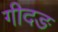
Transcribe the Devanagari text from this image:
गीदङ